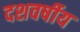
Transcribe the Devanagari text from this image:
दशवर्षीय